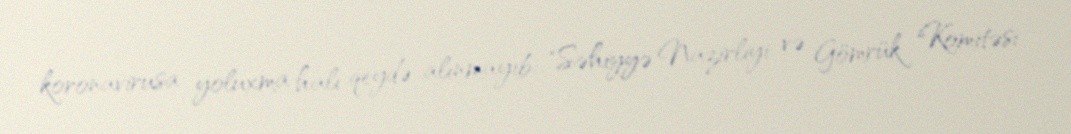
koronavirusa yoluxma halı qeydə alınmayıb: "Səhiyyə Nazirliyi və Gömrük Komitəsi